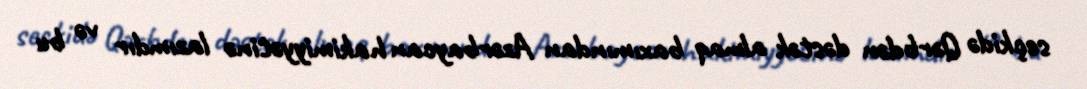
seçkidə Qərbdən dəstək almaq baxımından Azərbaycan hakimiyyətinə lazımdır və bu